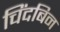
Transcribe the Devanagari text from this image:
चिंदबिन